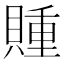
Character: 𲂳